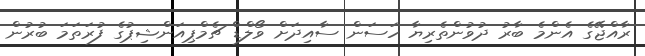
ރާއްޖޭގެ އެންމެ ބާރު ދުވުންތެރިޔާ ހަސަން ސާއިދަށް ވޯލްޑް ޗެމްޕިއަންޝިޕުގެ ފުރަތަމަ ބުރުން